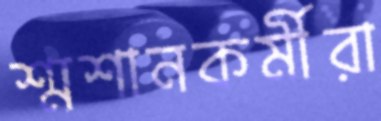
শ্মশানকর্মীরা